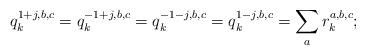
LaTeX: \begin{align*}&q_k^{1 + j,b,c} = q_k^{ - 1 + j,b,c} = q_k^{ - 1 - j,b,c} = q_k^{1 - j,b,c} = \sum\limits_a {r_k^{a,b,c} } ;\end{align*}